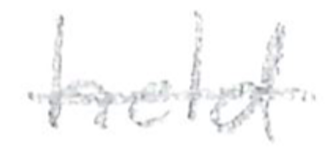
Text: held
Cross-out: single-line
Writing tool: pencil